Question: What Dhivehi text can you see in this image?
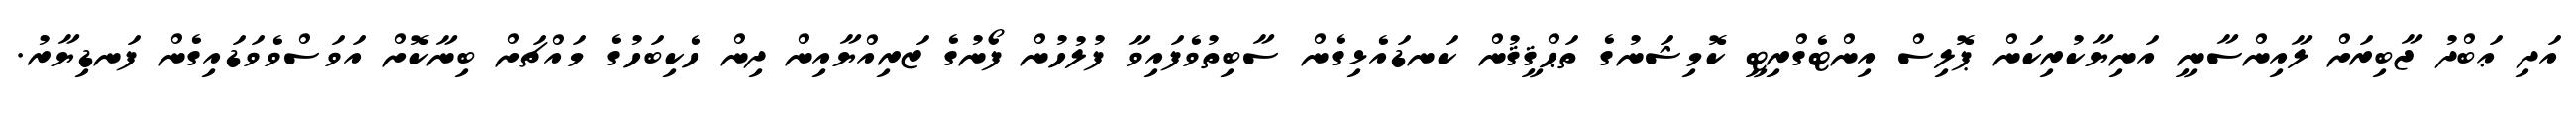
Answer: އަދި ޢަބްދު ޖާބިރަށް ލާއިންސާނީ އަނިޔާކުރިކަން ޕޮލިސް އިންޓެގްރިޓީ ކޮމިޝަނުގެ ތަޙްޤީޤުން ކަނޑައެޅިގެން ސާބިތުވެފައިވާ ފުލުހުން ފޯނުގެ ޒަރިއްޔާއިން ދިން ހެކިބަހުގެ މައްޗަށް ބިނާކޮށް އަވަސްވެވަޑައިގެން ފަނޑިޔާރު.